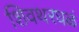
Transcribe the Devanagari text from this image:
शिवथरघळं